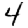
Digit: 4